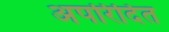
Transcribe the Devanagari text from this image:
अपरिदित